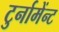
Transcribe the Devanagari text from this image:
टुर्नामेंन्ट